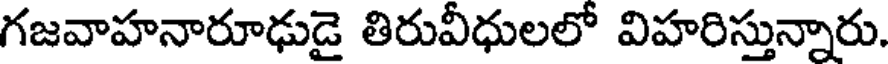
గజవాహనారూఢుడై తిరువీధులలో విహరిస్తున్నారు.